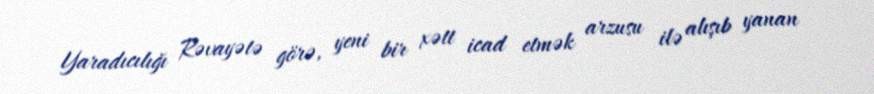
Yaradıcılığı Rəvayətə görə, yeni bir xətt icad etmək arzusu ilə alışıb yanan